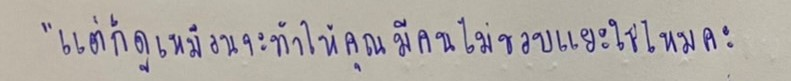
"แต่ก็ดูเหมือนจะทำให้คุณมีคนไม่ชอบแยะใช่ไหมคะ